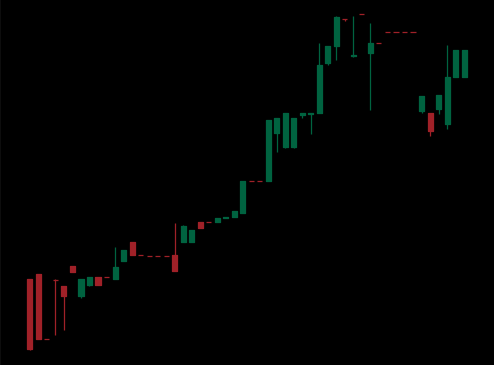
Pattern: bear_flag